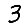
Digit: 3